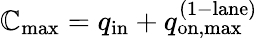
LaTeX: \mathbb{C}_{\mathrm{{max}}}=q_{\mathrm{{in}}}+q_{\mathrm{{on,max}}}^{\mathrm{{(1-lane)}}}